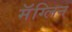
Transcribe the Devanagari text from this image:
मॅग्लिन